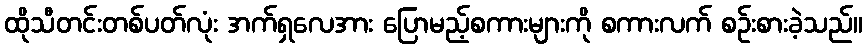
ထိုသီတင်းတစ်ပတ်လုံး အက်ရှလေအား ပြောမည့်စကားများကို စကားလက် စဉ်းစားခဲ့သည်။